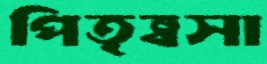
পিতৃষ্বসা